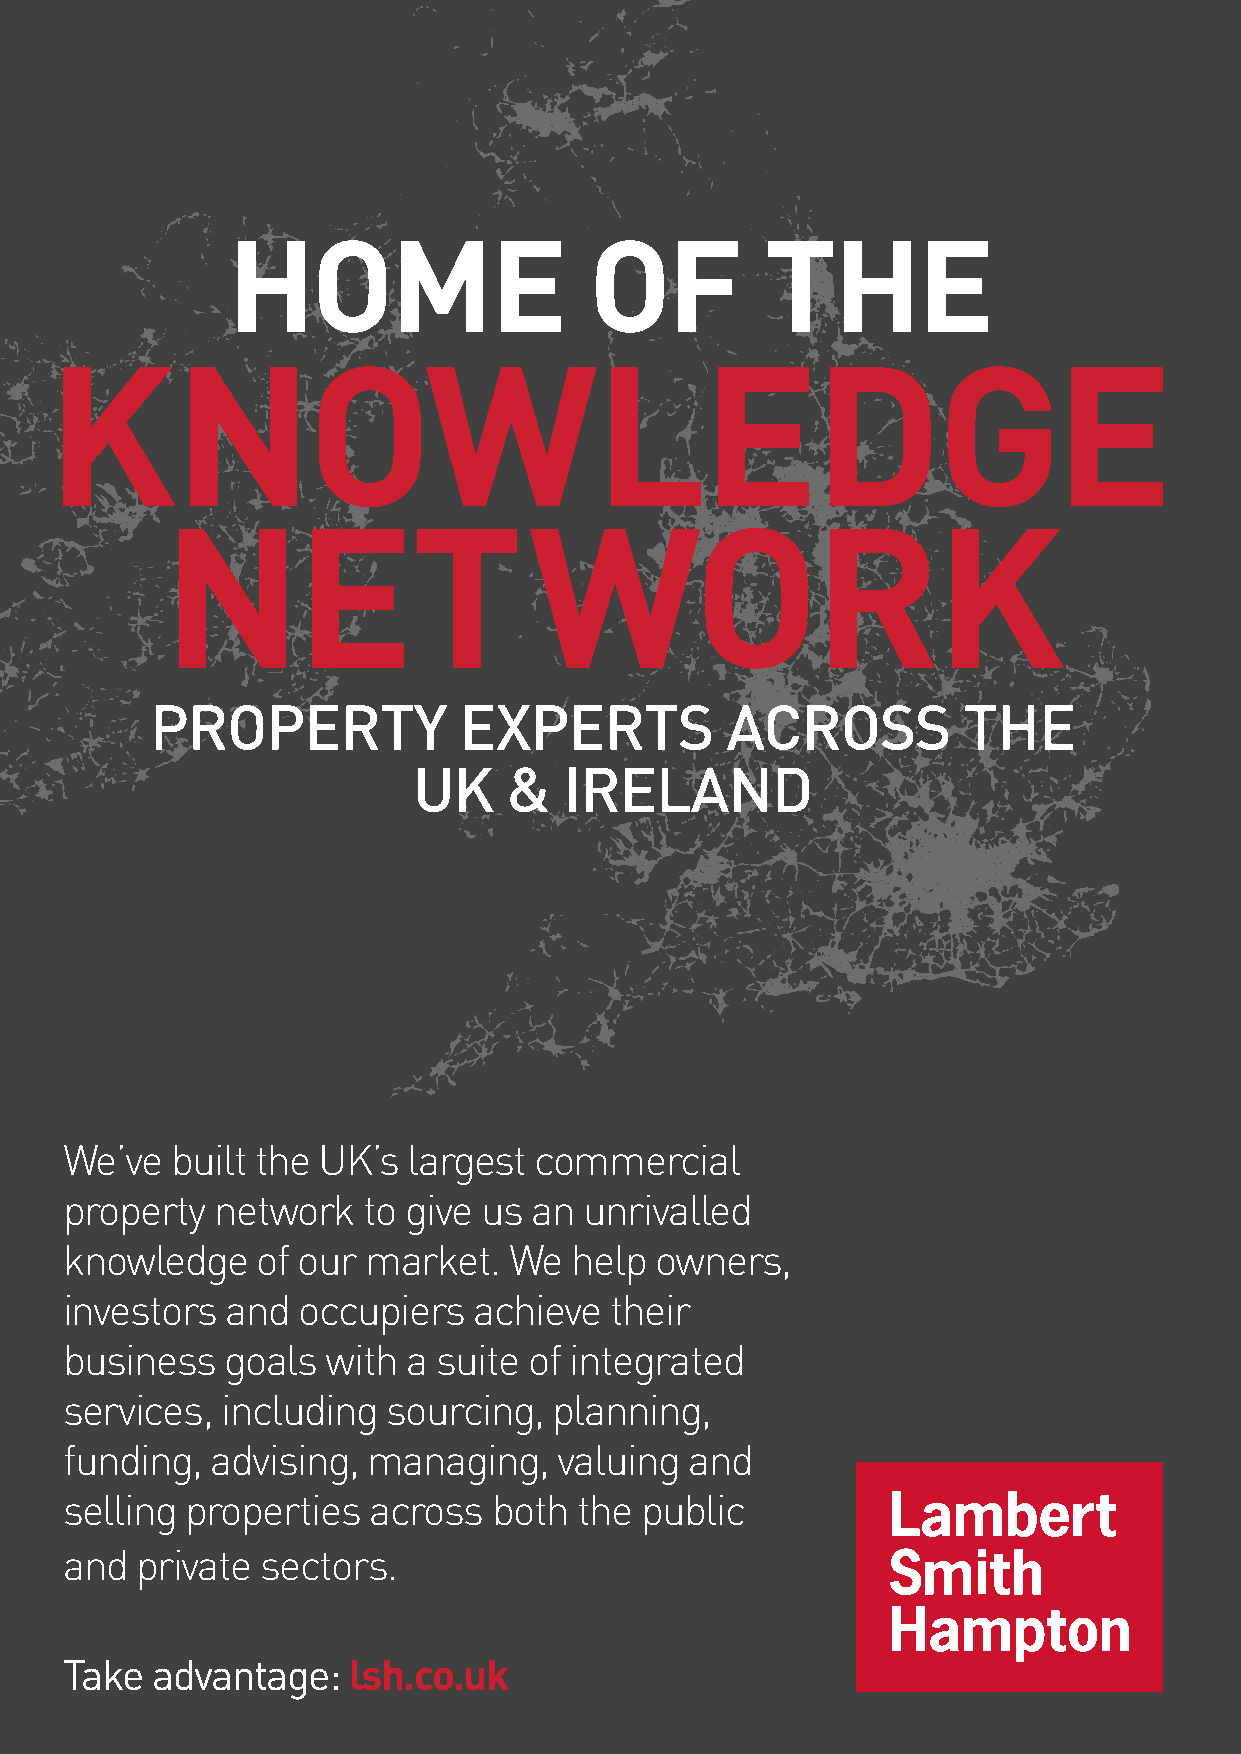
PROPERTY            EXPERTS           ACROSS          THE
 UK    &   IRELAND
 We’ve  built the UK’s  largest commercial
 property  network   to give us an  unrivalled
 knowledge    of our market.   We  help owners,
 investors  and  occupiers  achieve  their
 business   goals  with a suite of integrated
 services,  including  sourcing,  planning,
 funding,  advising, managing,    valuing  and
 selling properties  across   both the public
 and  private sectors.
 Take  advantage:   lsh.co.uk
 AACCEESS FFuullll PPaaggee AAdd 0011..1100..2211..iinndddd 11           0011//1100//22002211 1166::3399::3311